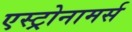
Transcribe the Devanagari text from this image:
एस्ट्रोनामर्स